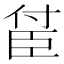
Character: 𬛤